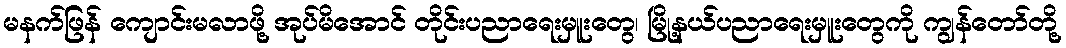
မနက်ဖြန် ကျောင်းမလာဖို့ အုပ်မိအောင် တိုင်းပညာရေးမှူးတွေ၊ မြို့နယ်ပညာရေးမှူးတွေကို ကျွန်တော်တို့